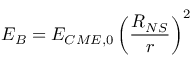
E _ { B } = E _ { C M E , 0 } \left( \frac { R _ { N S } } { r } \right) ^ { 2 }